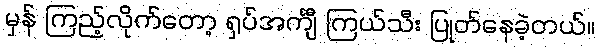
မှန် ကြည့်လိုက်တော့ ရှပ်အင်္ကျီ ကြယ်သီး ပြုတ်နေခဲ့တယ်။